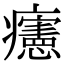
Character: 𤼂